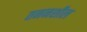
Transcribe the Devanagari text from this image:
तननशील